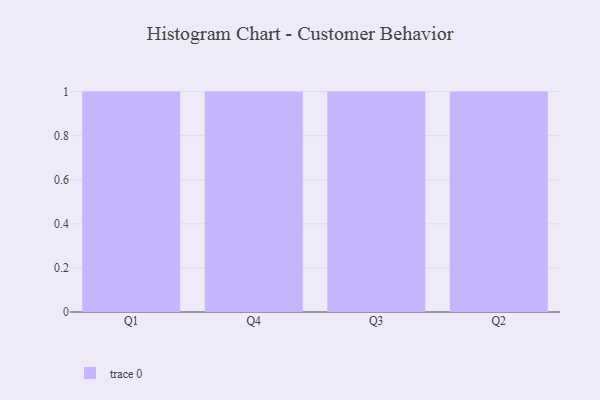
{"axis": {"x": "Quarter", "y": "Customer Acquisition Cost (USD)"}, "legend": [""], "data": [{"x": "Q1", "y": 53, "type": ""}, {"x": "Q4", "y": 3, "type": ""}, {"x": "Q3", "y": 48, "type": ""}, {"x": "Q2", "y": 72, "type": ""}]}